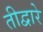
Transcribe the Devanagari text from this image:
तीद्वारे